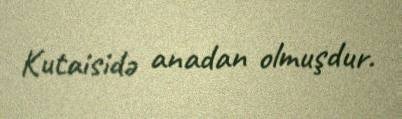
Kutaisidə anadan olmuşdur.